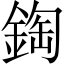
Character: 鋾